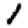
Digit: 1